Medical and sanitary report of the native army of Bengal for the year
Year: 1877
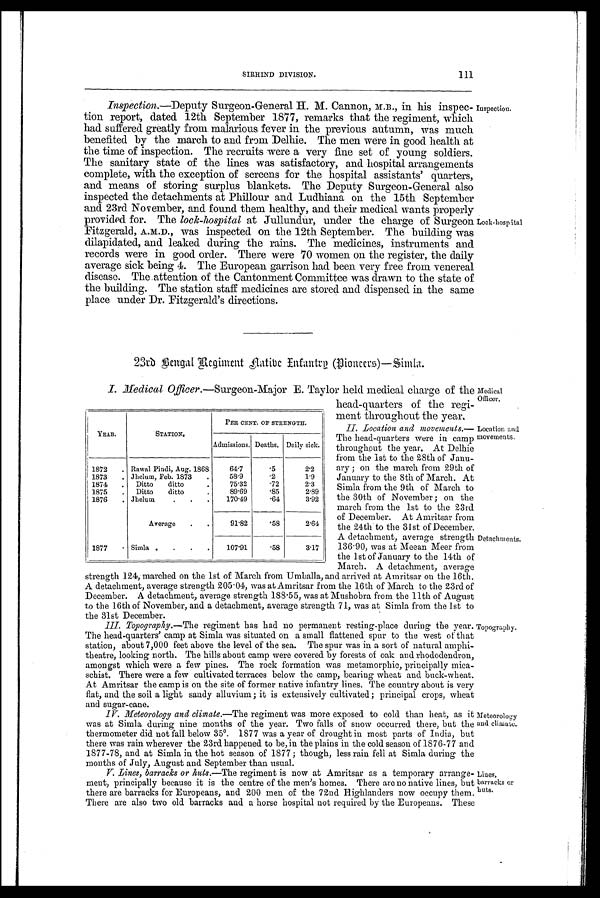
Inspection.—Deputy Surgeon-General H. M. Cannon, N.B., in his inspec-
tion report, dated 12th September 1877, remarks that the regiment, which
had suffered greatly from malarious fever in the previous autumn, was much
benefited by the march to and from Delhie. The men were in good health at
the time of inspection. The recruits were a very fine set of young soldiers.
The sanitary state of the lines was satisfactory, and hospital arrangements
complete, with the exception of screens for the hospital assistants' quarters,
and means of storing surplus blankets. The Deputy Surgeon-General also
inspected the detachments at Phillour and Ludhiana on the 15th September
and 23rd November, and found them healthy, and their medical wants properly
provided for. The lock-hospital at Jullundur, under the charge of Surgeon
Fitzgerald, A.M.D., was inspected on the 12th September. The building was
dilapidated, and leaked during the rains. The medicines, instruments and
records were in good order. There were 70 women on the register, the daily
average sick being 4. The European garrison had been very free from venereal
disease. The attention of the Cantonment Committee was drawn to the state of
the building. The station staff medicines are stored and dispensed in the same
place under Dr. Fitzgerald's directions.
23rd Bngal Regi nment Aat i t be Infant ry (Pi oneers)—Si ml a.
Inspection.
Lock-hospital
I. Medical Officer .—Surgeon-Major E. Taylor held medical charge of the
head-quarters of the regi-
ment throughout the year,
II. Location and movements.
The head-quarters were in camp
throughout the year. At Delhie
from the 1st to the 28th of Janu-
ary ; on the march from 29th of
January to the 8th of March. At
Simla from the 9th of March to
the 30th of November ; on the
march from the 1st to the 23rd
of December. At Amritsar from
the 24th to the 31st of December.
A detachment, average strength
136 . 90, was at Meean Meer from
the 1st of January to the 14th of
March. A detachment, average
strength 124, marched on the 1st of March from Umballa, and arrived at Amritsar on the 16th.
A detachment, average strength 205.04, was at Amritsar from the 16th of March to the 23rd of
December. A detachment, average strength 188.55, was at Mushobra from the 11th of August
to the 16th of November, and a detachment, average strength 71, was at Simla from the 1st to
the 31st December.
III.
Topography.—The
regiment has had no permanent resting-place during the year.
The head-quarters' camp at Simla was situated on a small flattened spur to the west of that
station, about 7,000 feet above the level of the sea. The spur was in a sort of natural amphi-
theatre, looking north. The hills about camp were covered by forests of oak and rhododendron,
amongst which were a few pines. The rock formation was metamorphic, principally mica-
schist. There were a few cultivated terraces below the camp, bearing wheat and buck-wheat.
At Amritsar the camp is on the site of former native infantry lines. The country about is very
flat, and the soil a light sandy alluvium ; it is extensively cultivated ; principal crops, wheat
and sugar-cane.
IV.
Meteorology and climate.—The regiment was more exposed to cold than heat, as it
was at Simla during nine months of the year. Two falls of snow occurred there, but the
thermometer did not fall below 35°. 1877 was a year of drought in most parts of India, but
there was rain wherever the 23rd happened to be, in the plains in the cold season of 1876-77 and
1877-78, and at Simla in the hot season. of 1877 ; though, less rain fell at Simla during the
mouths of July, August and September than usual.
V. Lines, barracks or huts.— The regiment is now at Amritsar as a temporary arrange-
ment, principally because it is the centre of the men's homes. There are no native lines, but
there are barracks for Europeans, and 200 men of the 72nd Highlanders now occupy them.
There are also two old barracks and a horse hospital not required by the Europeans. These
YEAR.
STATION.
PER CENT. OF STRENGTH.
Admissions. Deaths. Daily sick.
1 8 7 2
. Rawal Pindi, Aug. 1868
64.7
. 5 2.2
1 8 7 3
.
Jhelum, Feb. 1
58. 9
.2
1.9
1874
.
Ditto
ditto
75.32
. 7 2 2.3
1875
.
Ditto
ditto
89.69
.85
2.89
1876
. Jhelum
.
.
.
170.49
. 6 4 3.92
Average
.
.
91.82
. 5 8 2.64
1877
.
Simla .
.
.
.
107.91
.58
3.17
Medical
Officer.
Location and
movements.
Detachments.
Topography.
Meteorology
and climate.
Lines,
barracks or
huts.